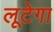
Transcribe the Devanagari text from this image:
लूटेगा